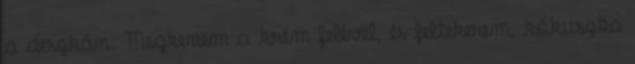
a deszkán. Megkenem a krém felével, és feltekerem, kókuszba